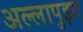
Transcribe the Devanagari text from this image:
अल्लापुझा